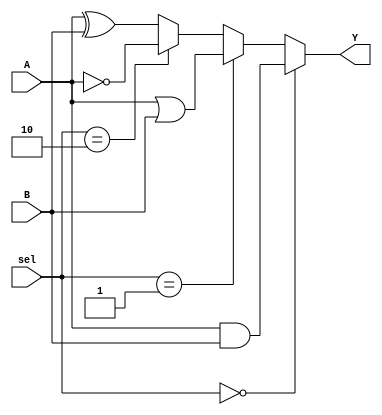
module combinational_logic_block (
    input wire [3:0] A,        // 4-bit input A
    input wire [3:0] B,        // 4-bit input B
    input wire [1:0] sel,      // 2-bit selector for function selection
    output wire [3:0] Y        // 4-bit output Y
);

// Internal signals for shared logic gates
wire [3:0] and_out;
wire [3:0] or_out;
wire [3:0] not_out;
wire [3:0] xor_out;

// Shared logic gates
assign and_out = A & B;      // AND operation
assign or_out = A | B;       // OR operation
assign not_out = ~A;         // NOT operation (inverted A)
assign xor_out = A ^ B;      // XOR operation

// Multiplexer for function selection
assign Y = (sel == 2'b00) ? and_out :  // Select AND output
           (sel == 2'b01) ? or_out :   // Select OR output
           (sel == 2'b10) ? not_out :  // Select NOT output
           xor_out;                   // Select XOR output

endmodule